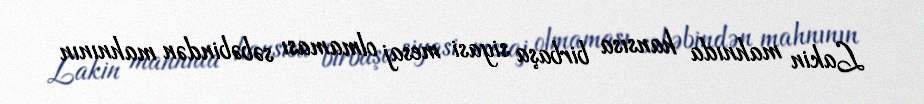
Lakin mahnıda hansısa birbaşa siyasi mesaj olmaması səbəbindən mahnının